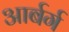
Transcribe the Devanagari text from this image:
आर्बर्ग